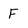
Character: F